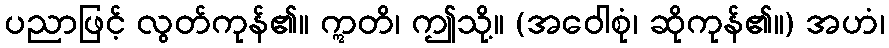
ပညာဖြင့် လွတ်ကုန်၏။ ဣတိ၊ ဤသို့။ (အဝေါစုံ၊ ဆိုကုန်၏။) အဟံ၊